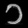
Digit: ၁